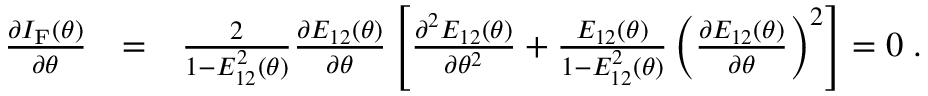
\begin{array} { r l r } { \frac { \partial I _ { \mathrm { F } } ( \theta ) } { \partial \theta } } & { = } & { \frac { 2 } { 1 - E _ { 1 2 } ^ { 2 } ( \theta ) } \frac { \partial E _ { 1 2 } ( \theta ) } { \partial \theta } \left[ \frac { \partial ^ { 2 } E _ { 1 2 } ( \theta ) } { \partial \theta ^ { 2 } } + \frac { E _ { 1 2 } ( \theta ) } { 1 - E _ { 1 2 } ^ { 2 } ( \theta ) } \left( \frac { \partial E _ { 1 2 } ( \theta ) } { \partial \theta } \right) ^ { 2 } \right] = 0 \; . } \end{array}